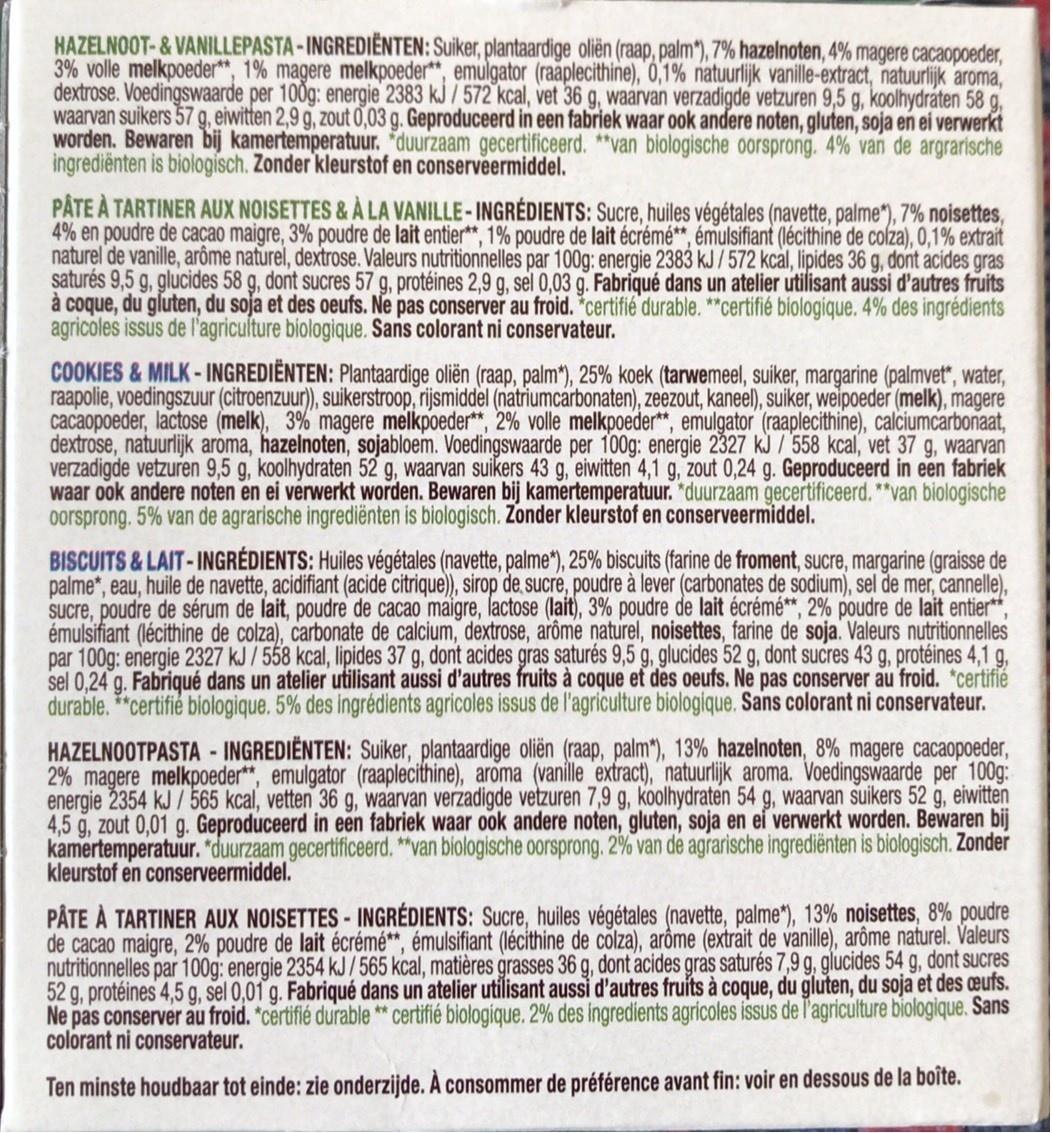
HAZELNOOT-&VANILLEPASTA-INGREDIENTEN: Suiker, plantaardige oliën (raap, palm"), 7% hazelnoten, 4% magere cacaopoeder, 3% volle melkpoeder**, 1% magere melkpoeder**, emulgator (raaplecithine), 0,1% natuurlijk vanille-extract, natuurlijk aroma, dextrose. Voedingswaarde per 100g: energie 2383 kJ /572 kcal, vet 36 g, waarvan verzadigde vetzuren 9,5 g, koolhydráten 58 g, waarvan suikers 57 g, eiwitten 2,9 g, zout 0,03 g. Geproduceerd in een fabriek waar ook andere noten, gluten, soja en ei verwerkt worden. Bewaren bij kamertemperatuur. "duurzaam gecertificeerd. **van biologische oorsprong. 4% van de argrarische ingrediënten is biologisch. Zonder kleurstof en conserveermiddel.
PÂTE À TARTINER AUX NOISETTES &À LA VANILLE-INGRÉDIENTS: Sucre, huiles végétales (navette, palme“), 7% noisettes, 4% en poudre de cacao maigre, 3% poudre de lait entier**, 1% poudre de lait écrémé**, émulsifiant (lécithine de colza), 0,1% extrait naturel de vanille, arôme naturel, dextrose. Valeurs nutritionnelles par 100g: energie 2383 kJ/572 kcal, lipides 36 g, dont acides gras saturés 9,5 g, glucides 58 g, dont sucres 57 g, protéines 2,9 g, sel 0,03 g. Fabriqué dans un atelier utilisant aussi d'autres fruits à coque, du gluten, du soja et des oeufs. Ne pas conserver au froid. "certifié durable. **certifié biologique. 4% des ingrédients agricoles issus de l'agriculfture biologique. Sans colorant ni conservateur.
COOKIES &MILK-INGREDIËNTEN: Plantaardige oliën (raap, palm*), 25% koek (tarwemeel, suiker, margarine (palmvet“, water, raapolie, voedingszuur (citroenzuur), suikerstroop, rijsmiddel (natriumcarbonaten), zeezout, kaneel), suiker, weipoeder (melk), magere cacaopoeder, lactose (melk), 3% magere melkpoeder**, 2% volle melkpoeder*, emulgator (raaplecithine), calciumcarbonaat, dextrose, natuurlijk aroma, hazelnoten, sojabloem. Voedingswaarde per 100g: energie 2327 kJ / 558 kcal, vet 37 g, waarvan verzadigde vetzuren 9,5 g, koolhydraten 52 g, waarvan suikers 43 g, eiwitten 4,1 g, zout 0,24 g. Geproduceerd in een fabriek waar ook andere noten en ei verwerkt worden. Bewaren bij kamertemperatuur. "duurzaam gecertificeerd. **van biologische oorsprong. 5% van de agrarische ingrediënten is biologisch. Zonder kleurstof en conserveermiddel.
BISCUITS&LAIT-INGRÉDIENTS: Huiles végétales (navette, palme"), 25% biscuits (farine de froment, sucre, margarine (graisse de palme", eau, huile de navette, acidifiant (acide citrique), sirop de. sucre, poudre à lever (carbonates de sodium), sel de mer, cannelle), Sucre, poudre de sérum de lait, poudre de cacao maigre, lactose (lait), 3% poudre de lait écrémé**, 2% poudre de lait entier** émulsifiant (lécithine de colza), carbonate de calcium, dextrose, arôme naturel, noisettes, farine de soja. Valeurs nutritionnelles par 100g: energie 2327 kJ / 558 kcal, lipides 37 g, dont acides gras saturés 9,5 g, glucides 52 g, dont sucres 43 g, protéines 4,1 g, sel 0,24 g. Fabriqué dans un atelier utilisant aussi d'autres fruits à coque et des oeufs. Ne pas conserver au froid. *certifié durable. **certifie biologique. 5% des ingrédients agricoles issus de l'agriculture biologique. Sans colorant ni conservateur.
HAZELNOOTPASTA - INGREDIËNTEN: Suiker, plantaardige oliën (raap, palm*), 13% hazelnoten, 8% magere cacaopoeder, 2% magere melkpoeder**, emulgator (raaplecithine), aroma (vanille _extract), natuurlijk aroma. Voedingswaarde per 100g: energie 2354 kJ / 565 kcal, vetten 36 g, waarvan verzadigde vetzuren 7,9 g, koolhydraten 54 g, waarvan suikers 52 g, eiwitten 4,5 g, zout 0,01 g. Geproduceerd in een fabriek waar ook andere noten, gluten, soja en ef verwerkt worden. Bewaren bij kamertemperatuur. "duurzaam gecertificeerd. "van biologische oorsprong. 2% van de agrarische ingrediënten is biologisch. Zonder kleurstof en conserveermiddel.
PÂTE À TARTINER AUX NOISETTES- INGRÉDIENTS: Sucre, huiles végétales (navette, palme*), 13% noisettes, 8% poudre de cacao maigre, 2% poudre de lait écrémé**, émulsifiant (lécithine de colza), arôme (extrait de vanille), arôme naturel. Valeurs nutritionnelles par 100g: energie 2354 kJ /565 kcal, matières grasses 36 g, dont acides gras saturés 7,9 g, glucides 54 g, dont sucres 52 g, protéines 4,5 g, sel 0,01 g. Fabriqué dans un atelier utilisant aussi d'autres fruits à coque, du gluten, du soja et des æufs. Ne pas conserver au froid. "certifié durable ** certifié biologique. 2% des ingredients agricoles issus de l'agriculture biologique. Sans colorant ni conservateur.
Ten minste houdbaar tot einde: zie onderzijde. À consommer de préférence avant fin: voir en dessous de la boîte.